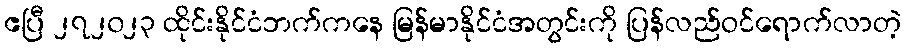
ဧပြီ ၂၇၂၀၂၃ ထိုင်းနိုင်ငံဘက်ကနေ မြန်မာနိုင်ငံအတွင်းကို ပြန်လည်ဝင်ရောက်လာတဲ့